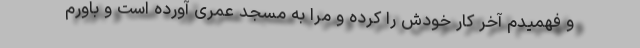
و فهمیدم آخر کار خودش را کرده و مرا به مسجد عُمری آورده است و باورم